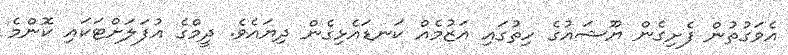
އެވަގުތުން ފެށިގެން ޔޫޝައުގެ ހިތުގައި އަޒުމެއް ކަނޑައެޅިގެން ދިޔައެވެ. ދީމްގެ އުފަލަށްޓަކައި ކޮންމެ